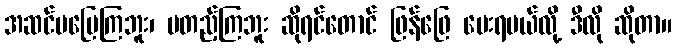
အဆင်မပြေကြဘူး၊ မတည့်ကြဘူး ဆိုရင်တောင် ဖြန်ဖြေ ပေးရမယ်လို့ ဒီလို ဆိုတာ။